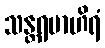
သန္တရဗာဟိရံ